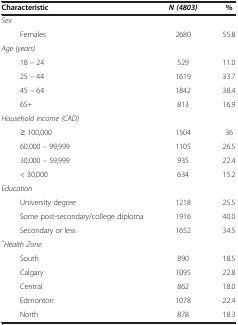
| Characteristic | N (4803) | % |
 | --- | --- | --- |
 | Sex |  |  |
 | Females | 2680 | 55.8 |
 | Age (years) |  |  |
 | 18 – 24 | 529 | 11.0 |
 | 25 – 44 | 1619 | 33.7 |
 | 45 – 64 | 1842 | 38.4 |
 | 65+ | 813 | 16.9 |
 | Household income (CAD) |  |  |
 | ≥ 100,000 | 1504 | 36 |
 | 60,000 – 99,999 | 1105 | 26.5 |
 | 30,000 – 59,999 | 935 | 22.4 |
 | < 30,000 | 634 | 15.2 |
 | Education |  |  |
 | University degree | 1218 | 25.5 |
 | Some post-secondary/college diploma | 1916 | 40.0 |
 | Secondary or less | 1652 | 34.5 |
 | *Health Zone |  |  |
 | South | 890 | 18.5 |
 | Calgary | 1095 | 22.8 |
 | Central | 862 | 18.0 |
 | Edmonton | 1078 | 22.4 |
 | North | 878 | 18.3 |